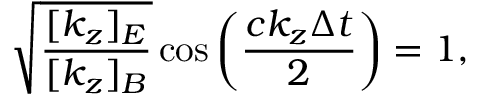
\sqrt { \frac { [ k _ { z } ] _ { E } } { [ k _ { z } ] _ { B } } } \cos \left( \frac { c k _ { z } \Delta t } { 2 } \right) = 1 ,